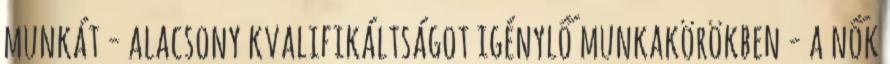
munkát - alacsony kvalifikáltságot igénylő munkakörökben - a nők